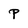
Character: p